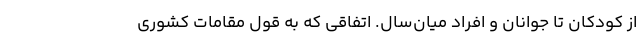
از کودکان تا جوانان و افراد میان‌سال. اتفاقی که به قول مقامات کشوری